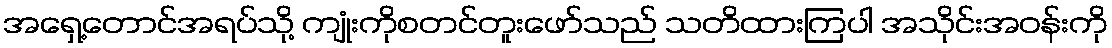
အရှေ့တောင်အရပ်သို့ ကျုံးကိုစတင်တူးဖော်သည် သတိထားကြပါ အသိုင်းအဝန်းကို